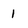
Character: 1